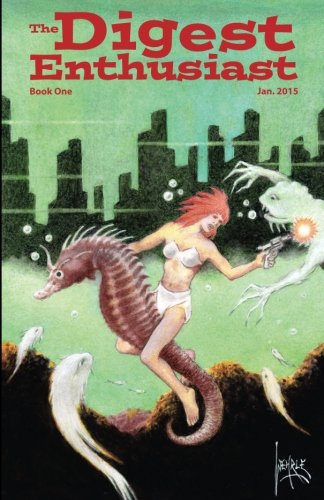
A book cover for The Digest Enthusiast: Explore the world of digest magazines. (Volume 1); Arkay Olgar; Crafts, Hobbies & Home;